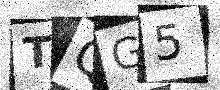
Text: TQG5